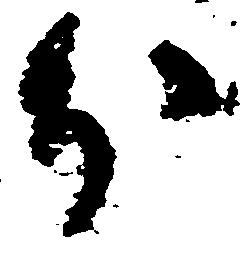
分